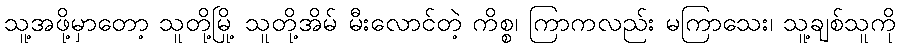
သူ့အဖို့မှာတော့ သူတို့မြို့ သူတို့အိမ် မီးလောင်တဲ့ ကိစ္စ၊ ကြာကလည်း မကြာသေး၊ သူ့ချစ်သူကို